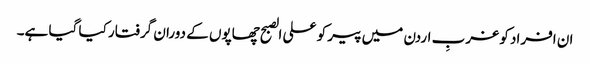
ان افراد کو غربِ اردن میں پیر کو علی الصبح چھاپوں کے دوران گرفتار کیا گیا ہے۔